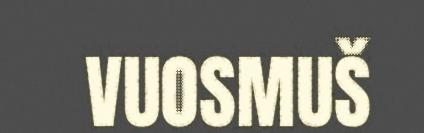
VUOSMUŠ